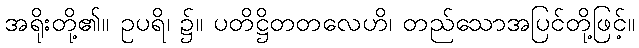
အရိုးတို့၏။ ဥပရိ၊ ၌။ ပတိဋ္ဌိတတလေဟိ၊ တည်သောအပြင်တို့ဖြင့်။